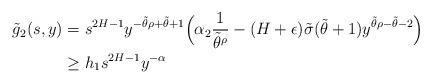
LaTeX: \begin{align*}\tilde{g}_2(s,y)&=s^{2H-1} y^{-\tilde{\theta}\rho+\tilde{\theta}+1}\Big(\alpha_2\frac{1}{\tilde{\theta}^{\rho}}-(H+\epsilon)\tilde{\sigma}(\tilde{\theta}+1)y^{\tilde{\theta}\rho-\tilde{\theta}-2}\Big)\\&\ge h_1s^{2H-1}y^{-\alpha}\end{align*}